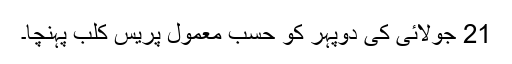
21 جولائی کی دوپہر کو حسبِ معمول پریس کلب پہنچا۔